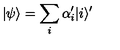
| \psi \rangle = \sum _ { i } \alpha _ { i } ^ { \prime } | i \rangle ^ { \prime }